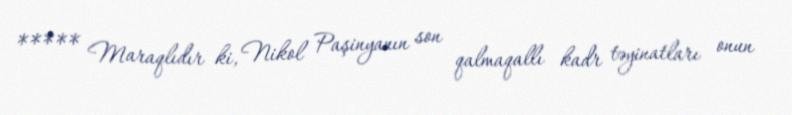
***** Maraqlıdır ki, Nikol Paşinyanın son qalmaqallı kadr təyinatları onun